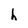
Character: h